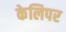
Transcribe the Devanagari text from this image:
केलिपर